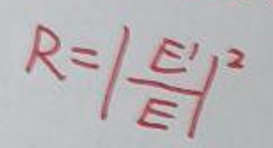
\[
R = \left|\frac{E'}{E}\right|^2
\]